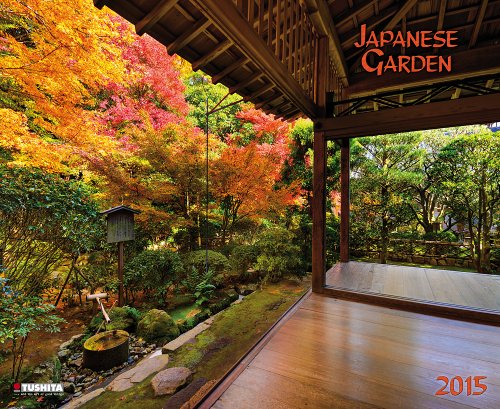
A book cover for Japanese Garden (Decor); Tushita Publishing; Calendars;